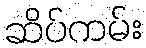
ဆိပ်ကမ်း